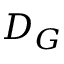
D _ { G }